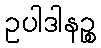
ဥပါဒါနဉ္စ